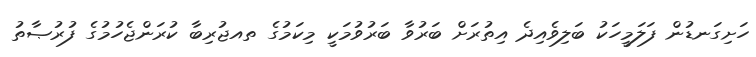
ހަށިގަނޑުން ފަލަމީހަކު ބަލިވެއިދެ އިތުރަށް ބަރުވާ ބަރުވުމަކީ މިކަމުގެ ތއޖުރިބާ ކުރަންޖެހުމުގެ ފުރުޞާތު